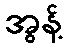
အွန့်